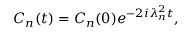
\begin{array} { r } { C _ { n } ( t ) = C _ { n } ( 0 ) e ^ { - 2 i \lambda _ { n } ^ { 2 } t } , } \end{array}